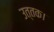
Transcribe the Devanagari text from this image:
उत्तक।